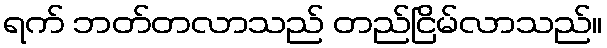
ရက် ဘတ်တလာသည် တည်ငြိမ်လာသည်။